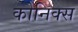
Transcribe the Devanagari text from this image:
कोनिक्स